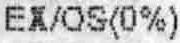
EX/OS(0%)